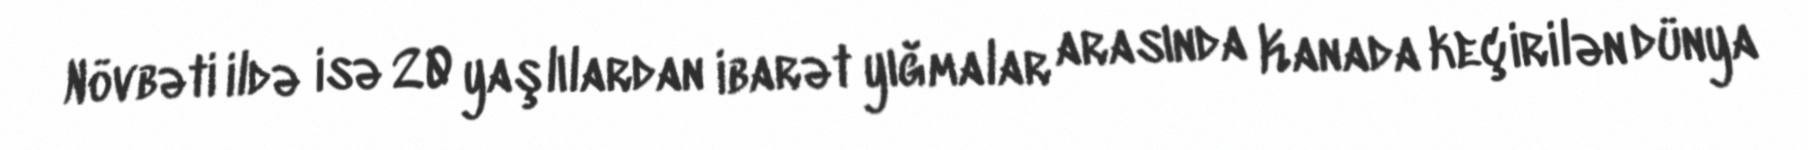
Növbəti ildə isə 20 yaşlılardan ibarət yığmalar arasında Kanada keçirilən dünya